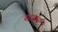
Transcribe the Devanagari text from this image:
साग्रास